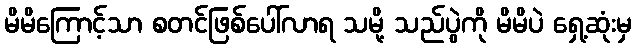
မိမိကြောင့်သာ စတင်ဖြစ်ပေါ်လာရ သမို့ သည်ပွဲကို မိမိပဲ ရှေ့ဆုံးမှ